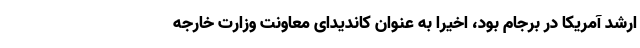
ارشد آمریکا در برجام بود، اخیراً به عنوان کاندیدای معاونت وزارت خارجه